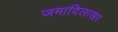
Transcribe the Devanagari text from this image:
जमादिलाखर